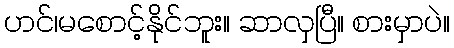
ဟင်၊မစောင့်နိုင်ဘူး။ ဆာလှပြီ။ စားမှာပဲ။